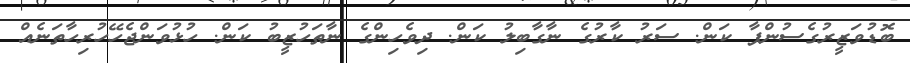
ބޮޑުވަޒީރުގެސުންޕާ ކަން. ސަރު ކާރުގެ ނާގާބިލު ކަން. ދިވެހިންގެ ނާތަހުޒީބު ކަން. ހުޅުވަންޖެހޭހުރިހާތަނެއް